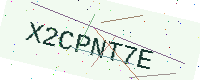
Text: X2CPNT7E